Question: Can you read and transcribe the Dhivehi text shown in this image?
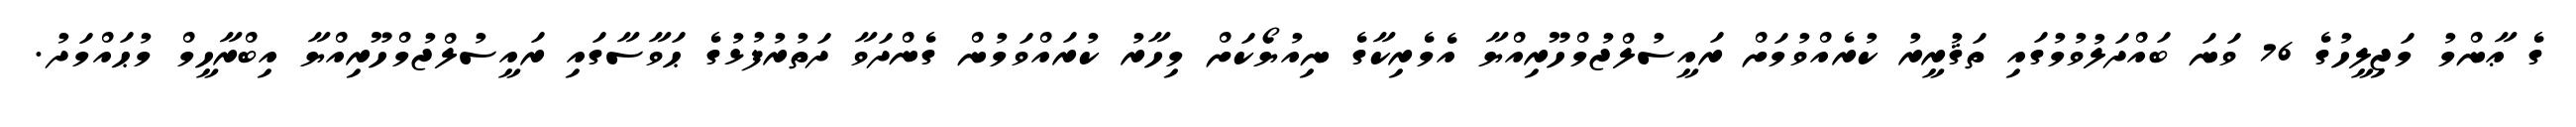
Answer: ގެ ޢާންމު މަޖިލީހުގެ 76 ވަނަ ބައްދަލުވުމުގައި ތަޤުރީރު ކުރެއްވުމަށް ރައީސުލްޖުމްހޫރިއްޔާ އެމެރިކާގެ ނިއުޔޯކަށް މިހާރު ކުރައްވަމުން ގެންދަވާ ދަތުރުފުޅުގެ ޙަވާސާގައި ރައީސުލްޖުމްހޫރިއްޔާ އިބްރާހީމް މުޙައްމަދު.